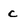
Character: c